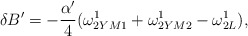
\begin{align*}\delta B'=-{{\alpha'}\over{4}}(\omega^1_{2YM1}+\omega^1_{2YM2}-\omega^1_{2L}),\end{align*}